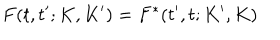
F ( t , t ^ { \prime } ; K , K ^ { \prime } ) = F ^ { \ast } ( t ^ { \prime } , t ; K ^ { \prime } , K )